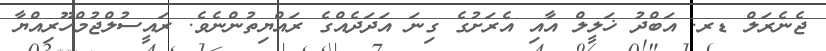
ޖެނެރަލް ޑރ. އަބްދު ޚަލީލް އާއި އެރަށުގެ ގިނަ އަދަދެއްގެ ރައްޔިތުންނެވެ. ރައީސުލްޖުމްހޫރިއްޔާ